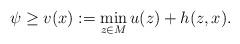
LaTeX: \begin{align*} \psi\ge v(x):=\min_{z\in M}u(z)+h(z,x).\end{align*}